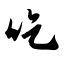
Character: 吃